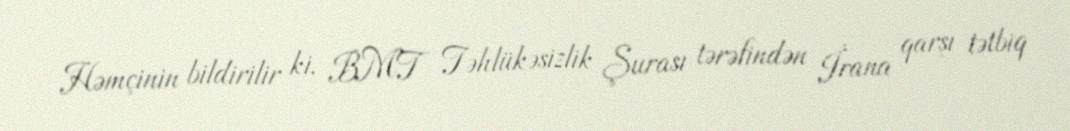
Həmçinin bildirilir ki, BMT Təhlükəsizlik Şurası tərəfindən İrana qarşı tətbiq